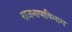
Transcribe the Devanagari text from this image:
राजभाषाविभाग